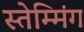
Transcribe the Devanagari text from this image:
स्तेम्मिंग